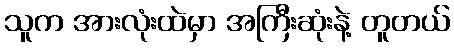
သူက အားလုံးထဲမှာ အကြီးဆုံးနဲ့ တူတယ်